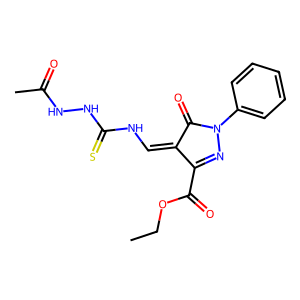
SMILES: CCOC(=O)C1=NN(c2ccccc2)C(=O)C1=CNC(=S)NNC(C)=O
Inhibits HIV replication: No